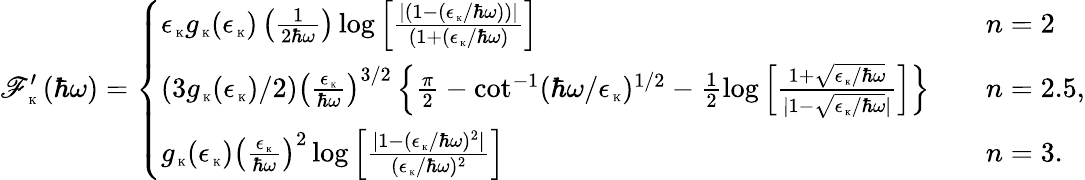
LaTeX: \mathscr{F}_{\mathrm{{\tiny~K}}}^{\prime}\left(\hbar\omega\right)=\left\{ \begin{array}{ll}{\epsilon_{\mathrm{\tiny~K}}g_{\mathrm{\tiny~K}}(\epsilon_{\mathrm{\tiny~K}})\left(\frac{1}{2\hbar\omega}\right)\log\left[\frac{\vert(1-(\epsilon_{\mathrm{\tiny~K}}/\hbar\omega))\vert}{(1+(\epsilon_{\mathrm{\tiny~K}}/\hbar\omega)}\right]}&{\quad n=2}\\ {(3g_{\mathrm{\tiny~K}}(\epsilon_{\mathrm{\tiny~K}})/2)\left(\frac{\epsilon_{\mathrm{\tiny~K}}}{\hbar\omega}\right)^{3/2}\left\{ \frac{\pi}{2}-\cot^{-1}(\hbar\omega/\epsilon_{\mathrm{\tiny~K}})^{1/2}-\frac{1}{2}\log\left[\frac{1+\sqrt{\epsilon_{\mathrm{\tiny~K}}/\hbar\omega}}{\vert 1-\sqrt{\epsilon_{\mathrm{\tiny~K}}/\hbar\omega}\vert}\right]\right\} }&{\quad n=2.5,}\\ {g_{\mathrm{\tiny~K}}(\epsilon_{\mathrm{\tiny~K}})\left(\frac{\epsilon_{\mathrm{\tiny~K}}}{\hbar\omega}\right)^{2}\log\left[\frac{\vert 1-(\epsilon_{\mathrm{\tiny~K}}/\hbar\omega)^{2}\vert}{(\epsilon_{\mathrm{\tiny~K}}/\hbar\omega)^{2}}\right]}&{\quad n=3.}\end{array}\right.